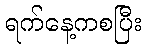
ရက်နေ့ကစပြီး